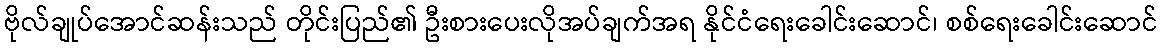
ဗိုလ်ချုပ်အောင်ဆန်းသည် တိုင်းပြည်၏ ဦးစားပေးလိုအပ်ချက်အရ နိုင်ငံရေးခေါင်းဆောင်၊ စစ်ရေးခေါင်းဆောင်